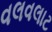
વલવલાટ